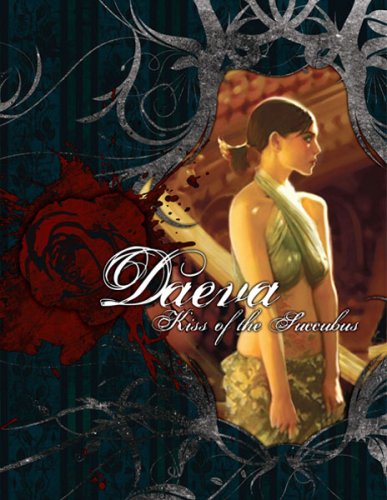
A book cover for Vampire Daeva Kiss of the Succubus*OP (Vampire: The Requiem (White Wolf)); Russell Bailey; Science Fiction & Fantasy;